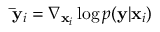
\mathbf { \bar { y } } _ { i } = \nabla _ { \mathbf { x } _ { i } } \log p ( \mathbf { y } | \mathbf { x } _ { i } )